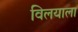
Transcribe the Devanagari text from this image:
विलयाला